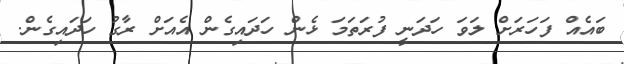
ބައެއް ފަހަރަށް ލަވަ ހަދަނީ ފުރަތަމަ ޅެން ހަދައިގެން އެއަށް ރާގު ހަދައިގެން.